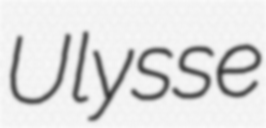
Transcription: Ulysse